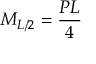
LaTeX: M _ { L / 2 } = { \frac { P L } { 4 } }